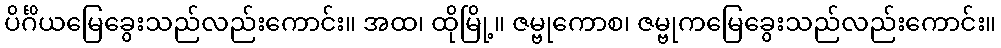
ပိင်္ဂိယမြေခွေးသည်လည်းကောင်း။ အထ၊ ထိုမြို့။ ဇမ္ဗုကောစ၊ ဇမ္ဗုကမြေခွေးသည်လည်းကောင်း။